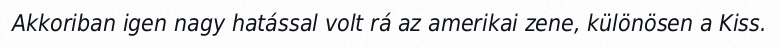
Akkoriban igen nagy hatással volt rá az amerikai zene, különösen a Kiss.